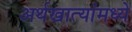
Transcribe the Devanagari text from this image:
अर्थखात्यांमध्ये